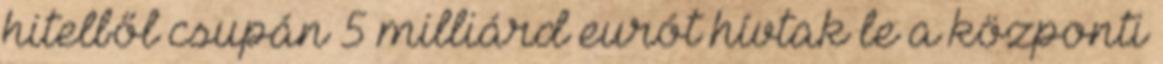
hitelből csupán 5 milliárd eurót hívtak le a központi